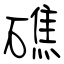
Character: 礁